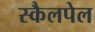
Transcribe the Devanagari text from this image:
स्कैलपेल